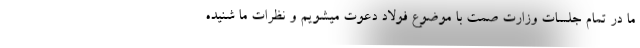
ما در تمام جلسات وزارت صمت با موضوع فولاد دعوت میشویم و نظرات ما شنیده